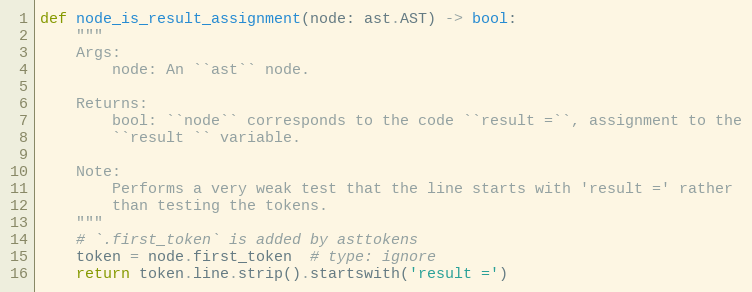
Language: Python
def node_is_result_assignment(node: ast.AST) -> bool:
    """
    Args:
        node: An ``ast`` node.

    Returns:
        bool: ``node`` corresponds to the code ``result =``, assignment to the
        ``result `` variable.

    Note:
        Performs a very weak test that the line starts with 'result =' rather
        than testing the tokens.
    """
    # `.first_token` is added by asttokens
    token = node.first_token  # type: ignore
    return token.line.strip().startswith('result =')